Civil Veterinary Dept. Bombay admin report 1923-31 - 1923-1931
Year: 1923
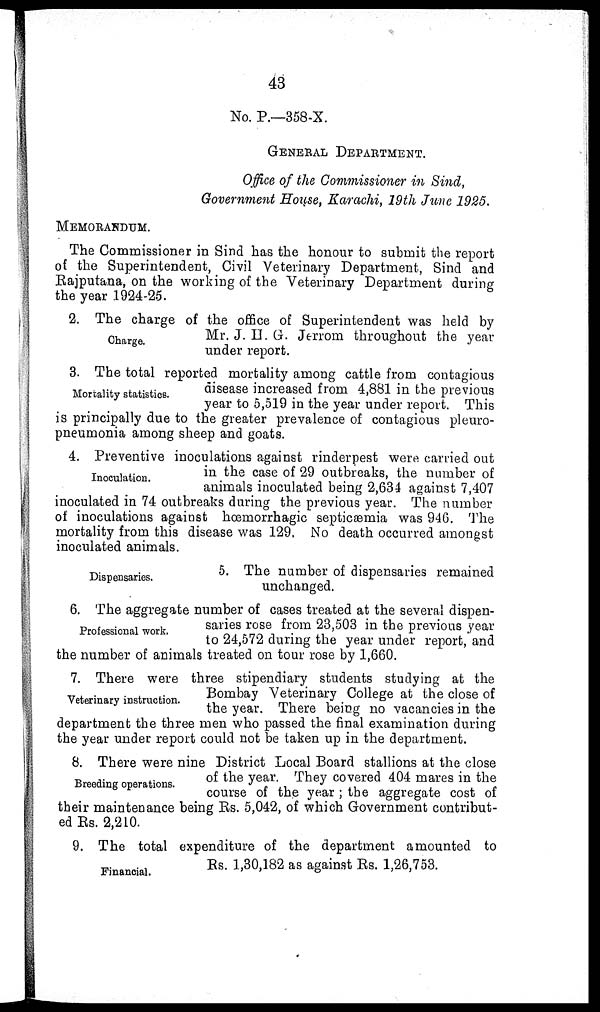
43
No. P.—358-X.
GENERAL DEPARTMENT.
Office of the Commissioner in Sind,
Government House, Karachi, 19th June 1925.
MEMORANDUM.
The Commissioner in Sind has the honour to submit the report
of the Superintendent, Civil Veterinary Department, Sind and
Rajputana, on the working of the Veterinary Department during
the year 1924-25.
Charge.
2. The charge of the office of Superintendent was held by
Mr. J. H. G. Jerrom throughout the year
under report.
Mortality statistics.
3. The total reported mortality among cattle from contagious
disease increased from 4,881 in the previous
year to 5,519 in the year under report. This
is principally due to the greater prevalence of contagious pleuro-
pneumonia among sheep and goats.
Inoculation.
4. Preventive inoculations against rinderpest were carried out
in the case of 29 outbreaks, the number of
animals inoculated being 2,634 against 7,407
inoculated in 74 outbreaks during the previous year. The number
of inoculations against hæmorrhagic septicaemia was 946. The
mortality from this disease was 129. No death occurred amongst
inoculated animals.
Dispensaries.
5. The number of dispensaries remained
unchanged.
Professional work.
6. The aggregate number of cases treated at the several dispen-
saries rose from 23,503 in the previous year
to 24,572 during the year under report, and
the number of animals treated on tour rose by 1,660.
Veterinary instruction.
7. There were three stipendiary students studying at the
Bombay Veterinary College at the close of
the year. There being no vacancies in the
department the three men who passed the final examination during
the year under report could not be taken up in the department.
Breeding operations.
8. There were nine District Local Board stallions at the close
of the year. They covered 404 mares in the
course of the year; the aggregate cost of
their maintenance being Rs. 5,042, of which Government contribut-
ed Rs. 2,210.
Financial.
9. The total expenditure of the department amounted to
Rs. 1,30,182 as against Rs. 1,26,753.